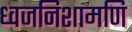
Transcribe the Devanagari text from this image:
ध्वजनिशामणि